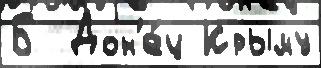
Б  Дон'е́ц Крыму